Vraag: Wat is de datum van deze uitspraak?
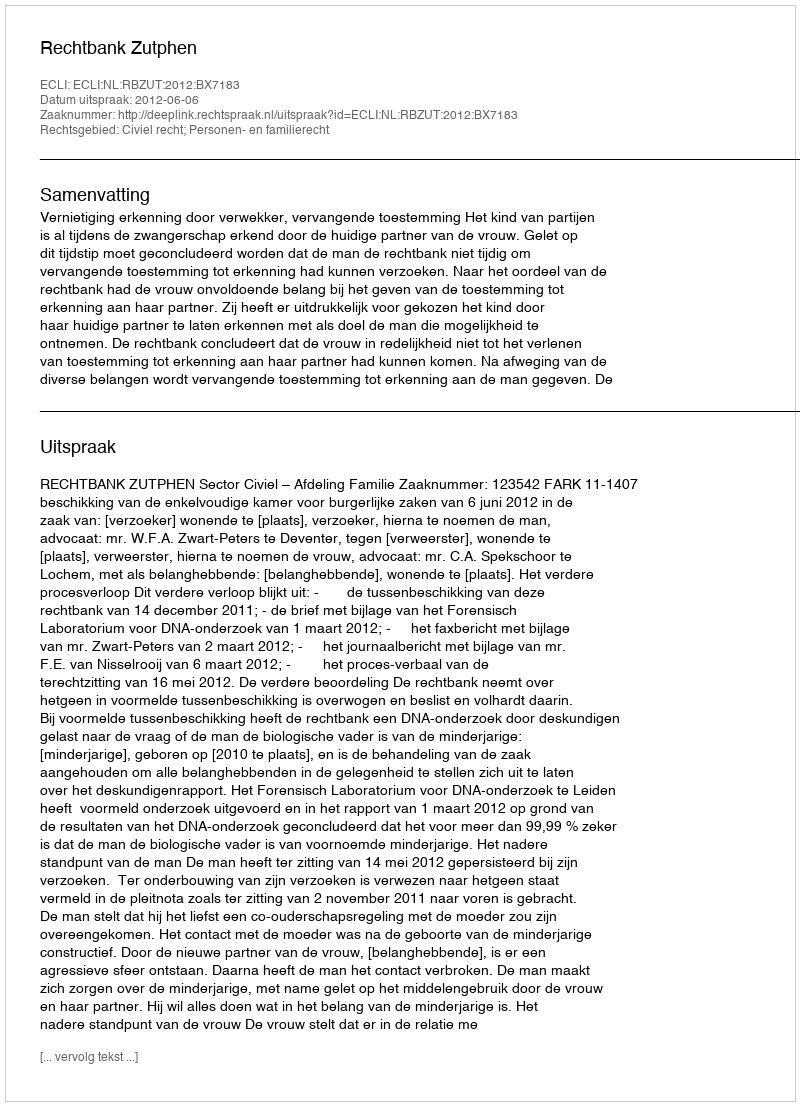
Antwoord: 2012-06-06